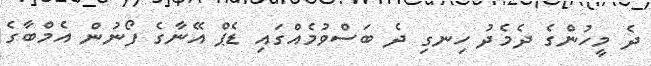
ދެ މީހުންގެ ދެމެދު ހިނގި ދެ ބަސްވުމެއްގައި ޑެޕް އޭނާގެ ފޯނުން އެމްބާގެ